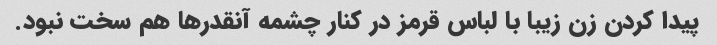
پیدا کردن زن زیبا با لباس قرمز در کنار چشمه آنقدرها هم سخت نبود.